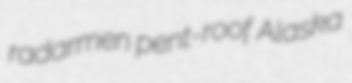
radarmen pent-roof Alaska